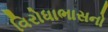
વિરોધાભાસનો